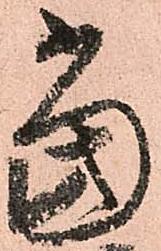
當